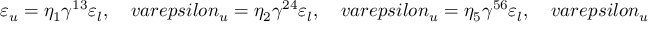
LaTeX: \varepsilon _ { u } = \eta _ { 1 } \gamma ^ { 1 3 } \varepsilon _ { l } , \ \ \ \ \, v a r e p s i l o n _ { u } = \eta _ { 2 } \gamma ^ { 2 4 } \varepsilon _ { l } , \ \ \ \ \, v a r e p s i l o n _ { u } = \eta _ { 5 } \gamma ^ { 5 6 } \varepsilon _ { l } , \ \ \ \ \, v a r e p s i l o n _ { u } = i \eta _ { e } \eta _ { q } \varepsilon _ { l } ,